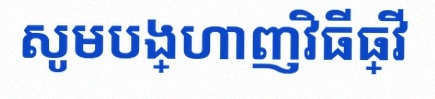
សូមបង្ហាញវិធីធ្វើ